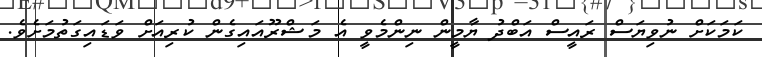
ކަމަކަށް ނުވިޔަސް ރައީސް އަބްދު ޔާމީން ނިންމެވީ އެ މަޝްރޫއައިގެން ކުރިއަށް ވަޑައިގަތުމަށެވެ.